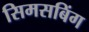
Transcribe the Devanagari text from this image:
सिमसबिंग